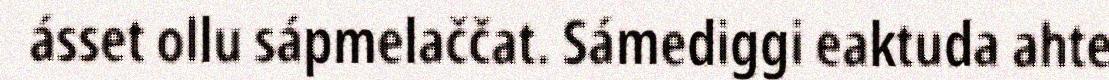
ásset ollu sápmelaččat. Sámediggi eaktuda ahte